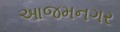
આજમનગર